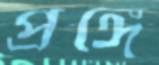
প্রঙ্গে